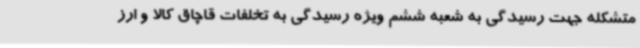
متشکله جهت رسیدگی به شعبه ششم ویژه رسیدگی به تخلفات قاچاق کالا و ارز